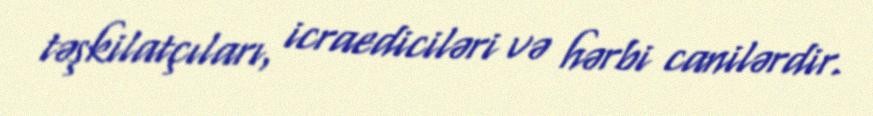
təşkilatçıları, icraediciləri və hərbi canilərdir.